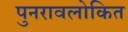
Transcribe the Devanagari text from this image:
पुनरावलोकित